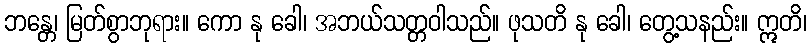
ဘန္တေ၊ မြတ်စွာဘုရား။ ကော နု ခေါ၊ အဘယ်သတ္တဝါသည်။ ဖုသတိ နု ခေါ၊ တွေ့သနည်း။ ဣတိ၊